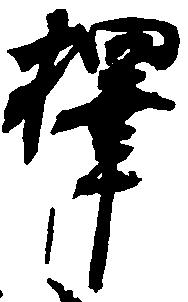
択